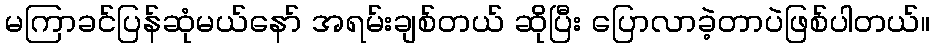
မကြာခင်ပြန်ဆုံမယ်နော် အရမ်းချစ်တယ် ဆိုပြီး ပြောလာခဲ့တာပဲဖြစ်ပါတယ်။